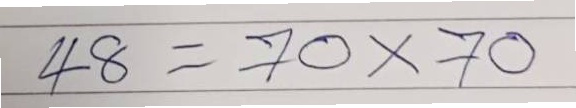
48 = 70x70